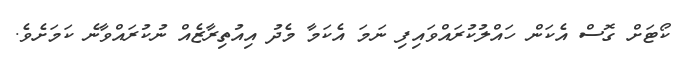
ކޯޓަށް ގޮސް އެކަން ހައްލުކުރައްވައިފި ނަމަ އެކަމާ މެދު އިއުތިރާޒެއް ނުކުރައްވާނެ ކަމަށެވެ.